画像に写った文字を読んでください
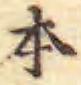
「本」と書いてあります